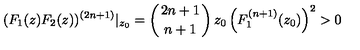
( F _ { 1 } ( z ) F _ { 2 } ( z ) ) ^ { ( 2 n + 1 ) } | _ { z _ { 0 } } = \left( 2 n + 1 \atop n + 1 \right) z _ { 0 } \left( F _ { 1 } ^ { ( n + 1 ) } ( z _ { 0 } ) \right) ^ { 2 } > 0